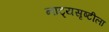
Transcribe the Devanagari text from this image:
नाट्यसृष्टीला